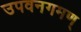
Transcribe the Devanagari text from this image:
उपवनगमण्